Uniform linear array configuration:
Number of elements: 12
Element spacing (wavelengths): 0.5
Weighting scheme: hamming
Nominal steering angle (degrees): -30
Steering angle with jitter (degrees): -31.905
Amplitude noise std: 0.05
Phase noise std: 0.05

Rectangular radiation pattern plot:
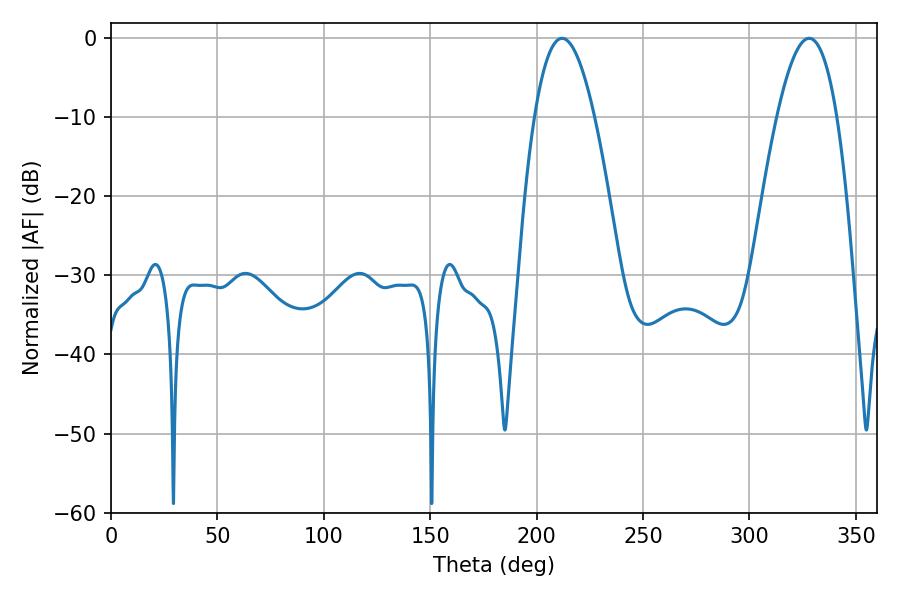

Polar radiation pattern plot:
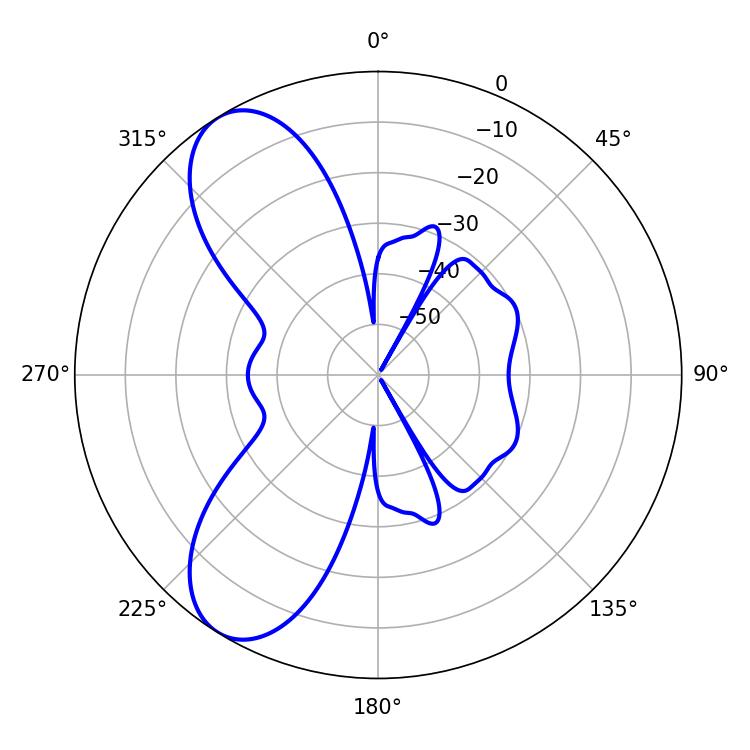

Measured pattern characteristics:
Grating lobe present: FALSE
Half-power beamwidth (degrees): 15.48
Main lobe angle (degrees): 212.04